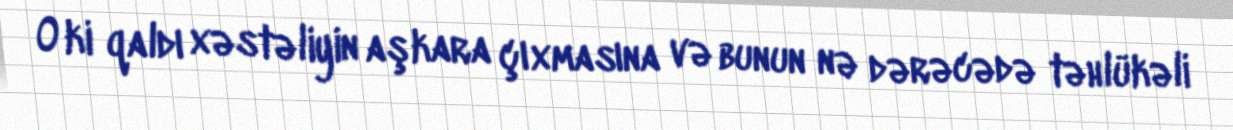
O ki qaldı xəstəliyin aşkara çıxmasına və bunun nə dərəcədə təhlükəli